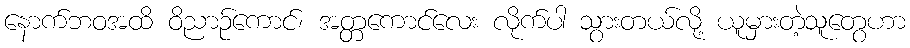
နောက်ဘဝအထိ ဝိညာဉ်ကောင်၊ အတ္တကောင်လေး လိုက်ပါ သွားတယ်လို့ ယူမှားတဲ့သူတွေဟာ